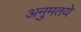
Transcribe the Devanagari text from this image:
अनुमतये